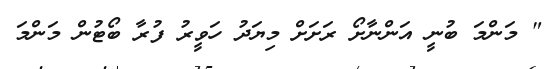
" މަންމަ ބުނީ އަންނާށޯ ރަށަށް މިޔަދު ހަވީރު ފުރާ ބޯޓުން މަންމަ